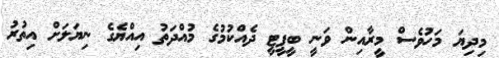
މިދިޔަ މަހުވެސް މީރާއިން ވަނީ ބީޕީޓީ ދެއްކުމުގެ މުއްދަތު އިއްޔެގެ ނިޔަލަށް އިތުރު